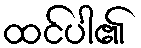
ထင်ပါ၏